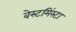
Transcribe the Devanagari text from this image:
वेस्टमिंस्टा